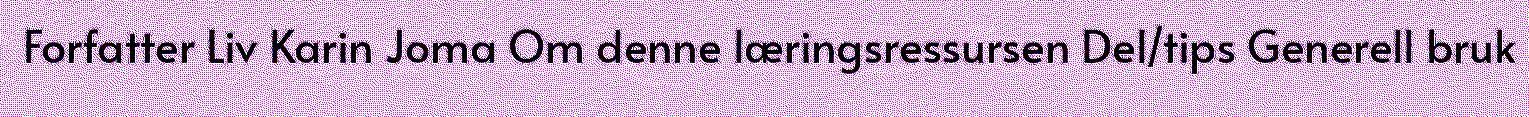
Forfatter Liv Karin Joma Om denne læringsressursen Del/tips Generell bruk